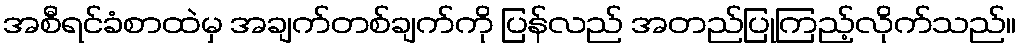
အစီရင်ခံစာထဲမှ အချက်တစ်ချက်ကို ပြန်လည် အတည်ပြုကြည့်လိုက်သည်။